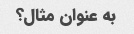
به عنوان مثال؟